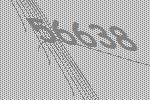
56638